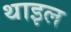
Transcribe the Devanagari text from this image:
थाइल